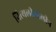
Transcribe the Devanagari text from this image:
नित्यलीलालीन